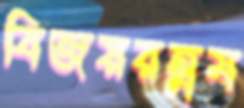
বিজয়রত্নম